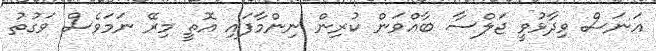
އަނަސް ވިދާޅުވީ ޖަލްސާ ބާއްވަން ކުރިން ނިންމާފައި އޮތީ މިރޭ ނަމަވެސް ވަގުތު